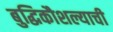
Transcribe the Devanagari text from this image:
बुद्धिकौशल्याची